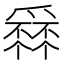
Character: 𤔹